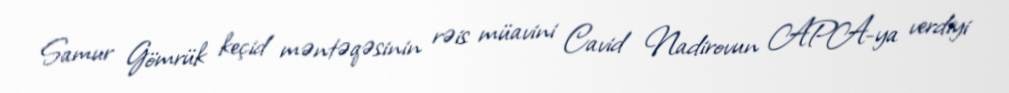
Samur Gömrük keçid məntəqəsinin rəis müavini Cavid Nadirovun APA-ya verdiyi